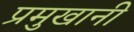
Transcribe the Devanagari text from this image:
प्रमुखानी